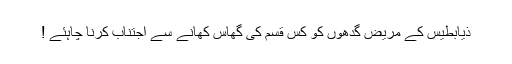
ذیابطیس کے مریض گدھوں کو کس قسم کی گھاس کھانے سے اجتناب کرنا چاہئے !